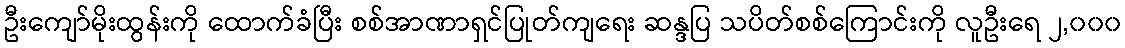
ဦးကျော်မိုးထွန်းကို ထောက်ခံပြီး စစ်အာဏာရှင်ပြုတ်ကျရေး ဆန္ဒပြ သပိတ်စစ်ကြောင်းကို လူဦးရေ ၂,၀၀၀